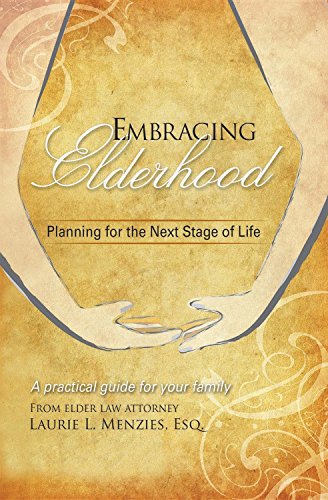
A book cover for Embracing Elderhood: Planning for the Next Stage of Life; Laurie L Menzies; Law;